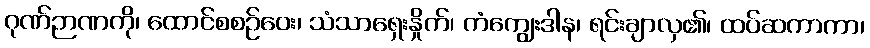
ဂုဏ်ဉာဏကို၊ ထောင်စစဉ်ဝေး၊ သံသာရှေးနှိုက်၊ ကံကျွေးဒါန၊ ရင်းချာလှ၏၊ ထပ်ဆကာကာ၊